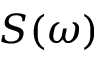
S ( \omega )